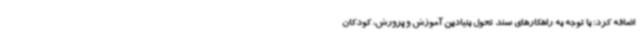
اضافه کرد: با توجه به راهکارهای سند تحول بنیادین آموزش و پرورش، کودکان